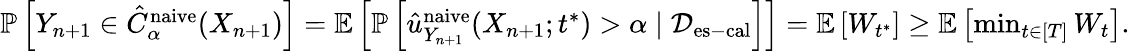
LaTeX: \begin{array}{r}{\mathbb{P}\left[Y_{n+1}\in\hat{C}_{\alpha}^{\textup{naive}}(X_{n+1})\right]=\mathbb{E}\left[\mathbb{P}\left[\hat{u}_{Y_{n+1}}^{\textup{naive}}(X_{n+1};t^{*})>\alpha\mid\mathcal{D}_{\mathrm{es-cal}}\right]\right]=\mathbb{E}\left[W_{t^{*}}\right]\geq\mathbb{E}\left[\operatorname*{min}_{t\in[T]}W_{t}\right].}\end{array}